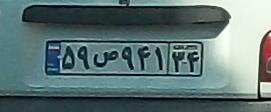
۵۹ص۹۴۱۳۴